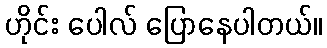
ဟိုင်း ပေါလ် ပြောနေပါတယ်။